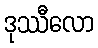
ဒုဿီလော